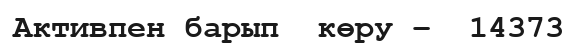
Активпен барып  көру –  14373